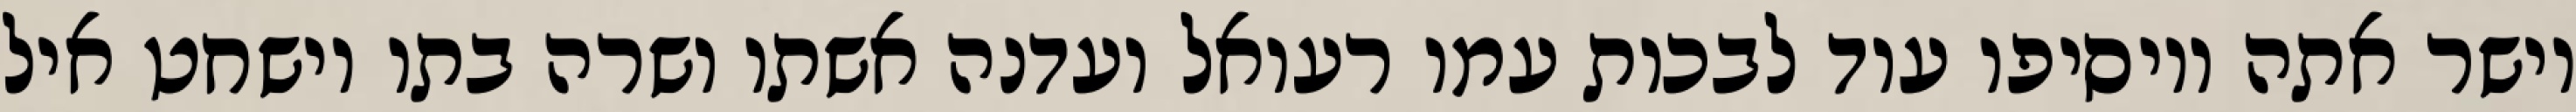
וישר אתה ויוסיפו עוד לבכות עמו רעואל ועדנה אשתו ושרה בתו וישחט איל